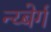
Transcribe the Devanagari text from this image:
न्य्बेर्ग